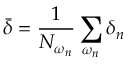
\bar { \delta } = \frac { 1 } { N _ { \omega _ { n } } } \sum _ { \omega _ { n } } \delta _ { n }